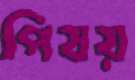
পিষয়